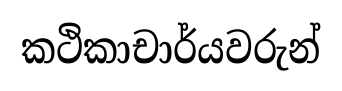
කථිකාචාර්යවරුන්